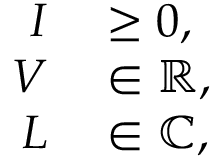
\begin{array} { r l } { I } & { { } \geq 0 , } \\ { V } & { { } \in \mathbb { R } , } \\ { L } & { { } \in \mathbb { C } , } \end{array}